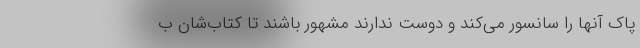
پاک آنها را سانسور می‌کند و دوست ندارند مشهور باشند تا کتاب‌شان ب